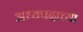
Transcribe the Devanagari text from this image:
अध्यपदाच्या